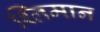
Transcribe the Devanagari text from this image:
श्लिमान